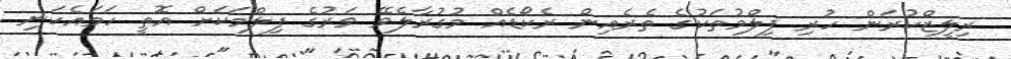
ރިލީޒްކުރަން ހުރި ފިލްމުތަކުގެ ތެރެއިން ރެކޯޑެއް މުގުރާލެވޭ ވަރުގެ ފިލްމަކަށް އޮތީ ހަމައެކަނި